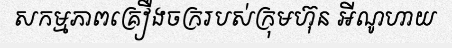
សកម្មភាពគ្រឿងចក្ររបស់ក្រុមហ៊ុន អីណូហាយ